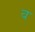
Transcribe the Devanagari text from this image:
व